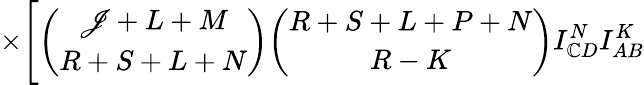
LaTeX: \times\Biggl[{\binom{\mathscr{J}+L+M}{R+S+L+N}}{\binom{R+S+L+P+N}{R-K}}I_{\mathbb{C}D}^{N}I_{AB}^{K}